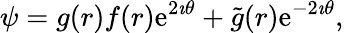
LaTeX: \psi=g(r)f(r)\mathrm{e}^{2\imath\theta}+\tilde{{g}}(r)\mathrm{e}^{-2\imath\theta},